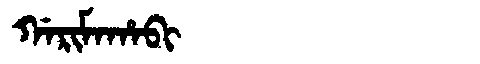
Manchu: ᡤᠠᡵᡳᠮᠠᡥᠠᠪᡳ
Romanization: GARIMAHABI